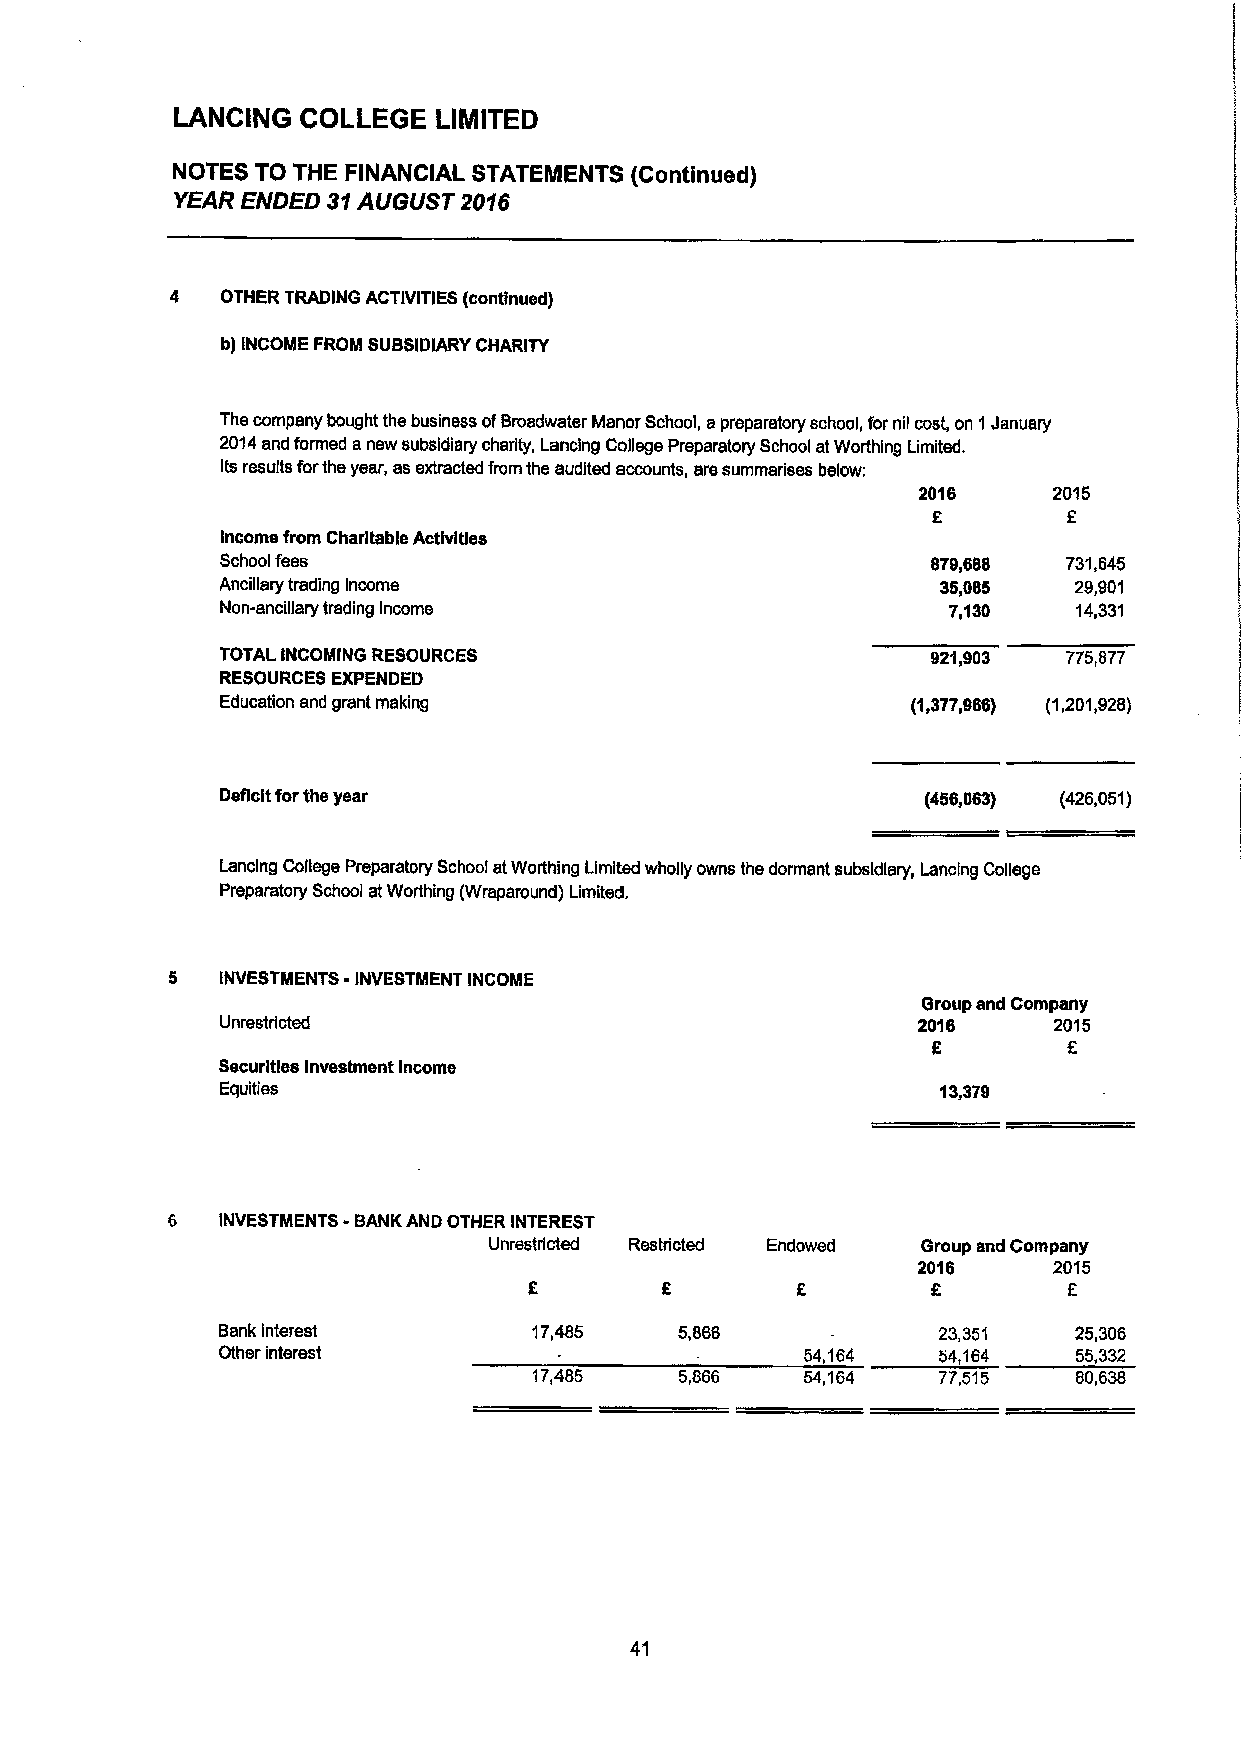
LANCING  COLLEGE  LIMITED
 NOTES TO THE FINANCIAL STATEMENTS (Continued)
 YEAR ENDED 31AUGUST 2016
 4   OTHER TRADING ACTIVITIES (continued)
 b) INCOME FROM SUBSIDIARY CHARITY
 The company bought the business ofBroadwater Manor School, apreparatory school, for nil cost, on 1January
 2014and formed anew subsidiary charity, Lancing College Preparatory School atWorthing Limited.
 Its results forthe year, as extracted from the audited accounts, are summarises below:
 2016     2015
 5        F
 Income from Charitable Activities
 School fees                                    879,688  731,645
 Ancillary trading Income                       35,085   29,901
 Non-ancillary trading Income                    7,130   14,331
 TOTAL INCOMING RESOURCES                       921,903  775,877
 RESOURCES EXPENDED
 Education and grant making                   (1,377,968) (1,201,928)
 Deficit forthe year                           (456,063) (426,051)
 Lancing College Preparatory School atWorthing Limited wholly owns the dormant subsidiary, Lancing College
 Preparatory School atWorthing (Wraparound) Limited,
 5   INVESTMENTS -INVESTMENT INCOhllE
 Group and Company
 Unrestricted                                  201B     2015
 5
 Securities Investment Income
 Equities                                       13,379
 6  INVESTMENTS -BANK AND OTHER INTEREST
 Unrestricted Restricted Endowed Group and Company
 2016     2015
 6        E
 Bank interest        17,485    5,868            23,351   25,306
 Other interest                         54,164   54,164   55,332
 17,485    5,866   54,164   77,515   80,638